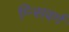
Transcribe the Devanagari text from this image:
ग्न्सिवर्ग